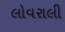
લોવરાલી